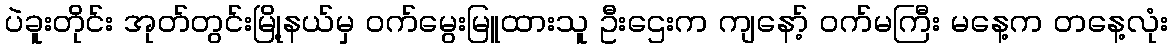
ပဲခူးတိုင်း အုတ်တွင်းမြို့နယ်မှ ဝက်မွေးမြူထားသူ ဦးဌေးက ကျနော့် ဝက်မကြီး မနေ့က တနေ့လုံး